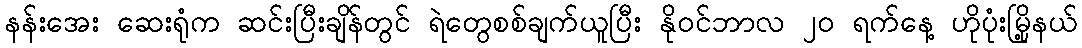
နန်းအေး ဆေးရုံက ဆင်းပြီးချိန်တွင် ရဲတွေစစ်ချက်ယူပြီး နိုဝင်ဘာလ ၂၀ ရက်နေ့ ဟိုပုံးမြို့နယ်